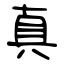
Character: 真